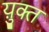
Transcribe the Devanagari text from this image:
य़ुक्त